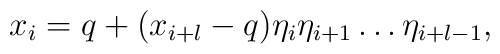
x_i=q+(x_{i+l}-q)\eta_i \eta_{i+1} \dots \eta_{i+l-1},